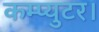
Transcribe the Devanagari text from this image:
कम्प्युटर।